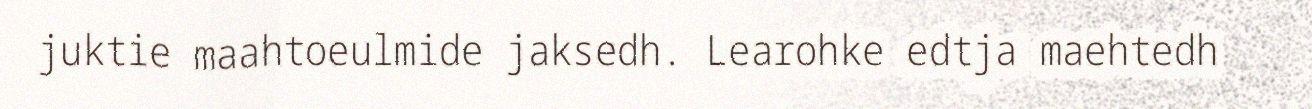
juktie maahtoeulmide jaksedh. Learohke edtja maehtedh